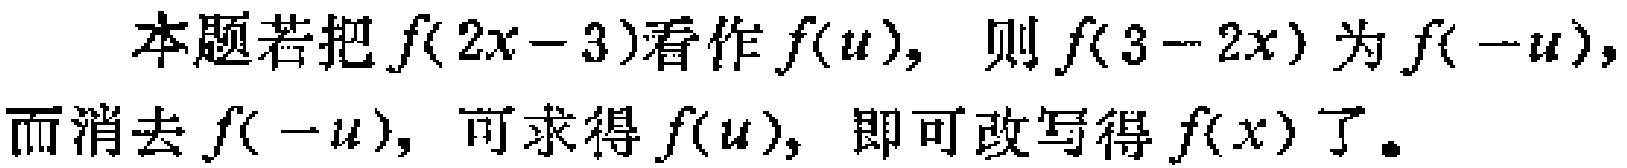
本题若把\(f(2x - 3)\)看作\(f(u)\)，则\(f(3 - 2x)\)为\(f(-u)\)，而消去\(f(-u)\)，可求得\(f(u)\)，即可改写得\(f(x)\)了。